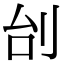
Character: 刣